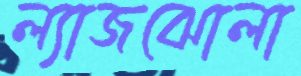
ল্যাজঝোলা